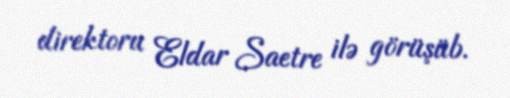
direktoru Eldar Saetre ilə görüşüb.